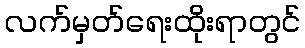
လက်မှတ်ရေးထိုးရာတွင်